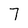
Character: 7